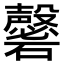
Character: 𥗚